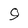
Character: 9